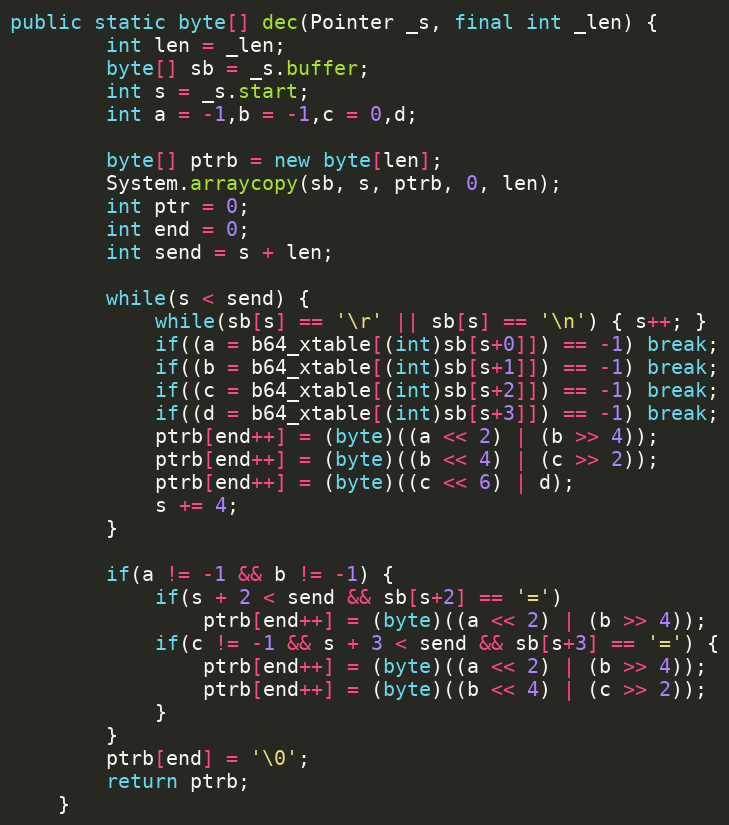
Language: Java
public static byte[] dec(Pointer _s, final int _len) {
        int len = _len;
        byte[] sb = _s.buffer;
        int s = _s.start;
        int a = -1,b = -1,c = 0,d;

        byte[] ptrb = new byte[len];
        System.arraycopy(sb, s, ptrb, 0, len);
        int ptr = 0;
        int end = 0;
        int send = s + len;

        while(s < send) {
            while(sb[s] == '\r' || sb[s] == '\n') { s++; }
            if((a = b64_xtable[(int)sb[s+0]]) == -1) break;
            if((b = b64_xtable[(int)sb[s+1]]) == -1) break;
            if((c = b64_xtable[(int)sb[s+2]]) == -1) break;
            if((d = b64_xtable[(int)sb[s+3]]) == -1) break;
            ptrb[end++] = (byte)((a << 2) | (b >> 4));
            ptrb[end++] = (byte)((b << 4) | (c >> 2));
            ptrb[end++] = (byte)((c << 6) | d);
            s += 4;
        }

        if(a != -1 && b != -1) {
            if(s + 2 < send && sb[s+2] == '=')
                ptrb[end++] = (byte)((a << 2) | (b >> 4));
            if(c != -1 && s + 3 < send && sb[s+3] == '=') {
                ptrb[end++] = (byte)((a << 2) | (b >> 4));
                ptrb[end++] = (byte)((b << 4) | (c >> 2));
            }
        }
        ptrb[end] = '\0';
        return ptrb;
    }